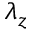
\lambda _ { z }